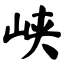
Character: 峡